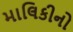
માલિકીનો